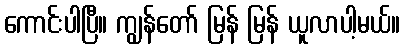
ကောင်းပါပြီ။ ကျွန်တော် မြန် မြန် ယူလာပါ့မယ်။